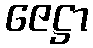
ဇေဋ္ဌာ